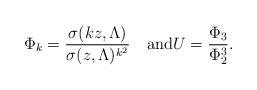
LaTeX: \begin{align*}\Phi_{k} = \frac{\sigma(kz, \Lambda)}{\sigma(z,\Lambda)^{k^2}}\quad\mbox{and}U =\frac{\Phi_3}{\Phi_2^3}.\end{align*}